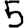
Digit: 5